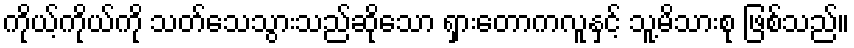
ကိုယ့်ကိုယ်ကို သတ်သေသွားသည်ဆိုသော ရှားတောကလူနှင့် သူ့မိသားစု ဖြစ်သည်။